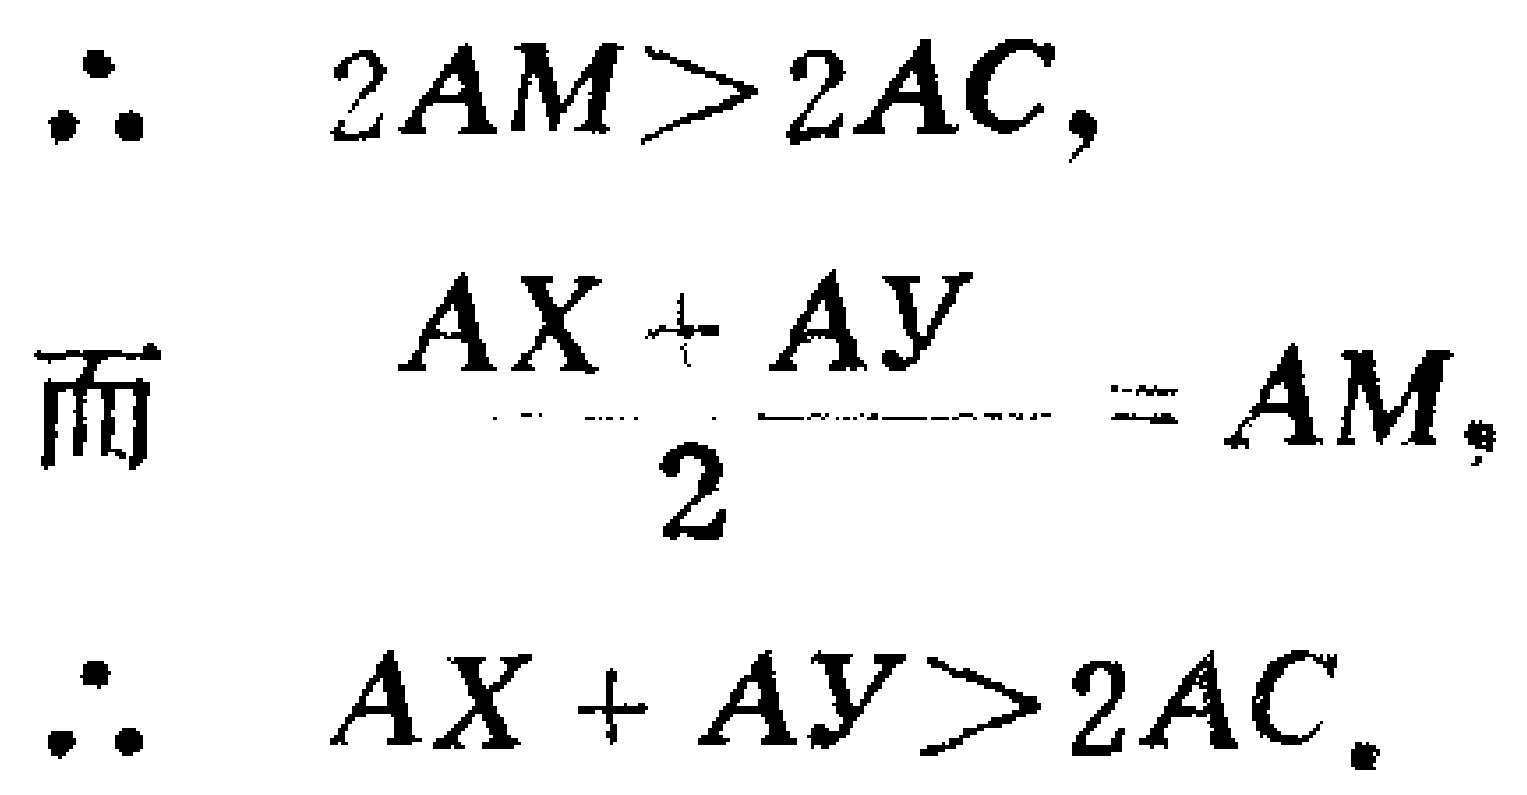
\[\begin{align*}
&\therefore\quad 2AM > 2AC,\\
&而\quad\frac{AX + AY}{2}=AM,\\
&\therefore\quad AX + AY>2AC.
\end{align*}\]